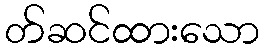
တ်ဆင်ထားသော